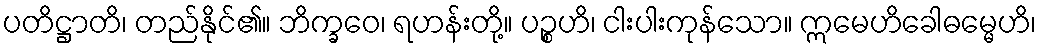
ပတိဋ္ဌာတိ၊ တည်နိုင်၏။ ဘိက္ခဝေ၊ ရဟန်းတို့။ ပဉ္စဟိ၊ ငါးပါးကုန်သော။ ဣမေဟိခေါဓမ္မေဟိ၊